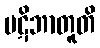
ပဋိဘာတူတိ